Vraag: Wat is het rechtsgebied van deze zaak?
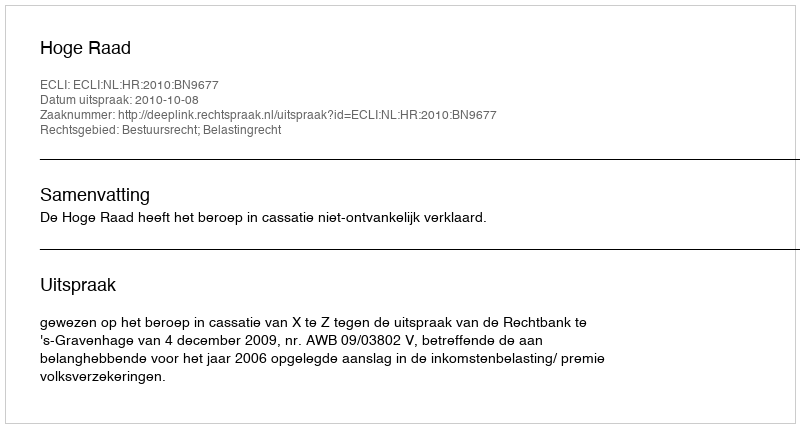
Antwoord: Bestuursrecht; Belastingrecht